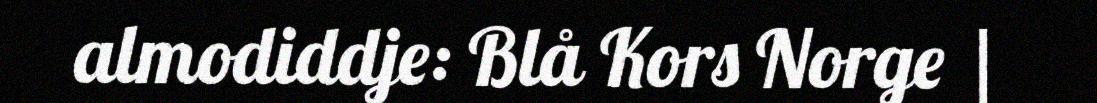
almodiddje: Blå Kors Norge |